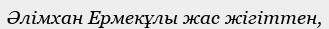
Әлімхан Ермекұлы жас жігіттен,